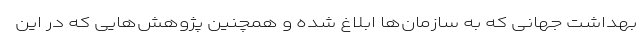
بهداشت جهانی که به سازمان‌ها ابلاغ شده و همچنین پژوهش‌هایی که در این